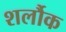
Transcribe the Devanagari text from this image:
शर्लौक